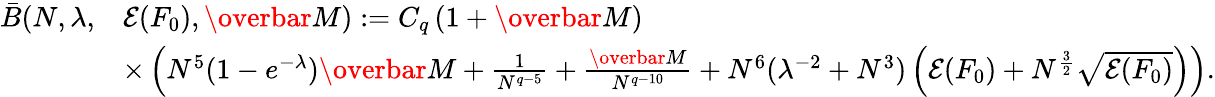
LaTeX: \begin{array}{rl}{\bar{B}(N,\lambda,}&{\mathcal{E}(F_{0}),\overbar{M}):=C_{q}\left(1+\overbar{M}\right)}\\ &{\times\left(N^{5}(1-e^{-\lambda})\overbar{M}+\frac{1}{N^{q-5}}+\frac{\overbar{M}}{N^{q-10}}+N^{6}(\lambda^{-2}+N^{3})\left(\mathcal{E}(F_{0})+N^{\frac{3}{2}}\sqrt{\mathcal{E}(F_{0})}\right)\right).}\end{array}